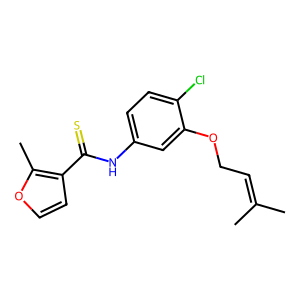
SMILES: CC(C)=CCOc1cc(NC(=S)c2ccoc2C)ccc1Cl
Inhibits HIV replication: Yes